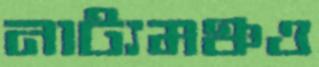
নাট্যমঞ্চও